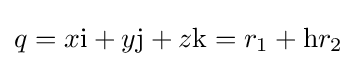
q=x\mathrm {i} +y\mathrm {j} +z\mathrm {k} =r_{1}+\mathrm {h} r_{2}